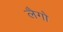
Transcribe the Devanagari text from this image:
लैगो